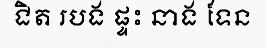
ជិត របង ផ្ទះ នាង ទែន